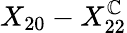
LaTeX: X_{20}-X_{22}^{\mathbb{C}}